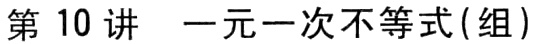
第 10 讲  一元一次不等式(组)